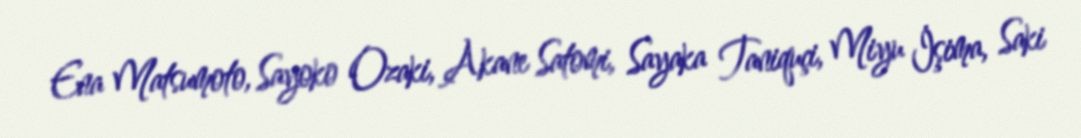
Ena Matsumoto, Sayoko Ozaki, Akane Satomi, Sayaka Taniquçi, Miyu İşima, Saki